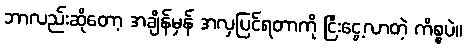
ဘာလည်းဆိုတော့ အချိန်မှန် အလှပြင်ရတာကို ငြီးငွေ့လာတဲ့ ကိစ္စပဲ။